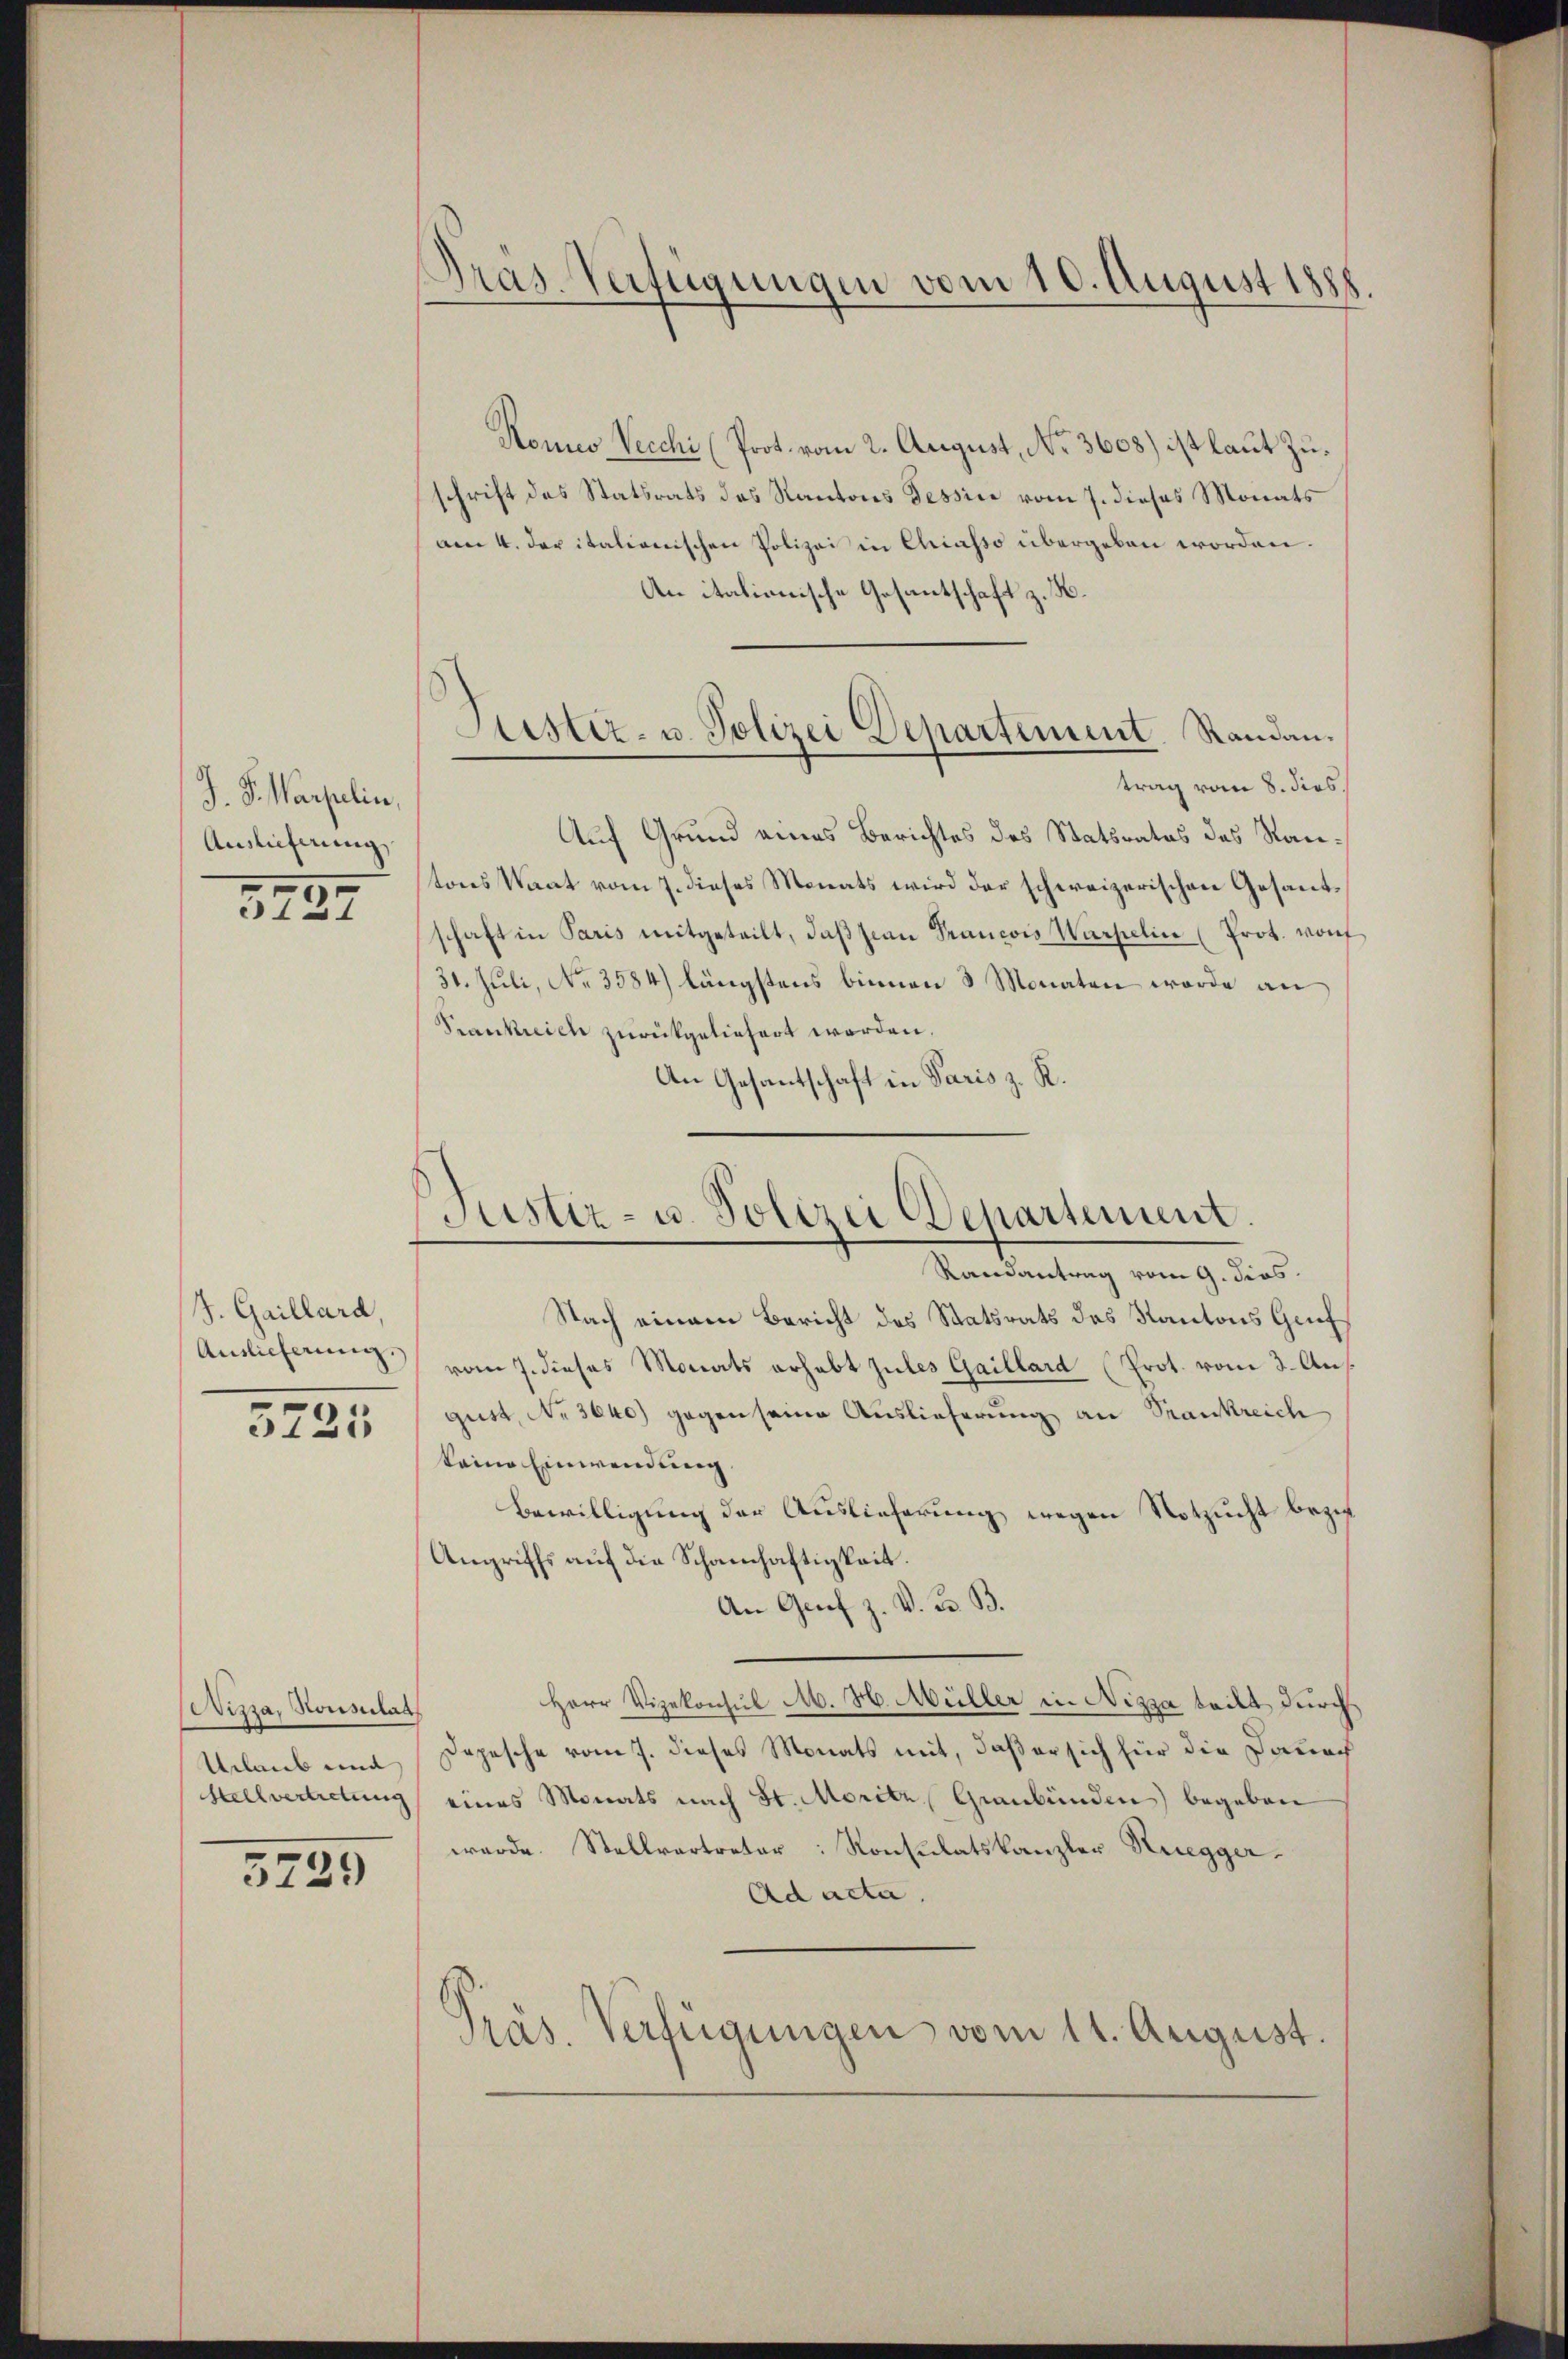
J. S. Warpelin
Auslieferung

3727

J. Gaillard
Anslicherung
3725

Nizza, Konsulat
Urlaub und
Stellvertretung

5729

Pras. Verfügungen vom 10. August 1888.

Konio Vecchi (Prot. vom 2. August, No 3608) ist laut Zuschrift des Statsrats des Kantons Tessin vom 7. dieses Monats
am 4. der italionischen Polizei in Chiasso übergeben worden.
An italionische Gesantschaft z. B.
trag vom 8. dies
Auf Grund eines Berichtes des Statsrates des Rautons Staat vom 7. dieses Monats wird der schweizerischen Gesantschaft in Paris mitgeteilt, daβ sian Francois Würfelin (Prot. von
31. Juli, No. 3584) längstens binnen 3 Monaten werde an
Frankreich zurückgeliefert werden.
An Gesantschaft in Paris z. R.

Stister- u. Polizei Departement. Randan¬

Justiz- u. Polizei Departement.

Randantrag vom 9. dies
Nach einem Bericht des Statsrats des Kantons Gruf
vom 7. dieses Monats erhabt zules Gaillard (Prot. vom 3. August, No 3640) gegen seine Auslieferung an Srankreich
keine Einwendung.
Bewilligung der Auslieferung wegen Notzucht bezieh
Angriffs auf die Schanhaftigkeit.
An Graf z. V. B. B.
Herr Vizekonsul M. H. Müller in Nizza teilt durch
Depesche vom 7. dieses Monats mit, daß er sich für die Dauer
eines Monats nach St. Moritz, Graubünden begeben
werde. Stellvertreter: Konsulatskanzler Ruegger
Ad acta.
Präs. Verfügungen vom 11. August.